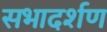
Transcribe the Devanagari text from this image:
सभादर्शण